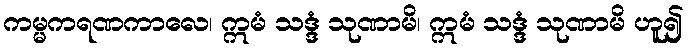
ကမ္မကရဏကာလေ၊ ဣမံ သဒ္ဒံ သုဏာမိ၊ ဣမံ သဒ္ဒံ သုဏာမိ ဟူ၍